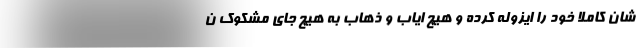
شان کاملا خود را ایزوله کرده و هیچ ایاب و ذهاب به هیچ جای مشکوک ن